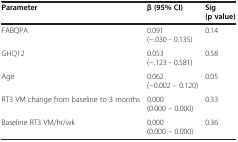
<table><thead><tr><td><b>Parameter</b></td><td><b>β (95% CI)</b></td><td><b>Sig (p value)</b></td></tr></thead><tbody><tr><td>FABQPA</td><td>0.091 (−.030 - 0.135)</td><td>0.14</td></tr><tr><td>GHQ12</td><td>0.053 (−.123 - 0.581)</td><td>0.58</td></tr><tr><td>Age</td><td>0.062 (−0.002 – 0.120)</td><td>0.05</td></tr><tr><td>RT3 VM change from baseline to 3 months</td><td>0.000 (0.000 – 0.000)</td><td>0.33</td></tr><tr><td>Baseline RT3 VM/hr/wk</td><td>0.000 (0.000 – 0.000)</td><td>0.36</td></tr></tbody></table>